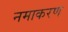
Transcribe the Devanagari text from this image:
नमाकरण